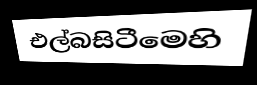
එල්බසිටීමෙහි